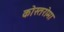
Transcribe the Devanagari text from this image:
कोस्तरोमा